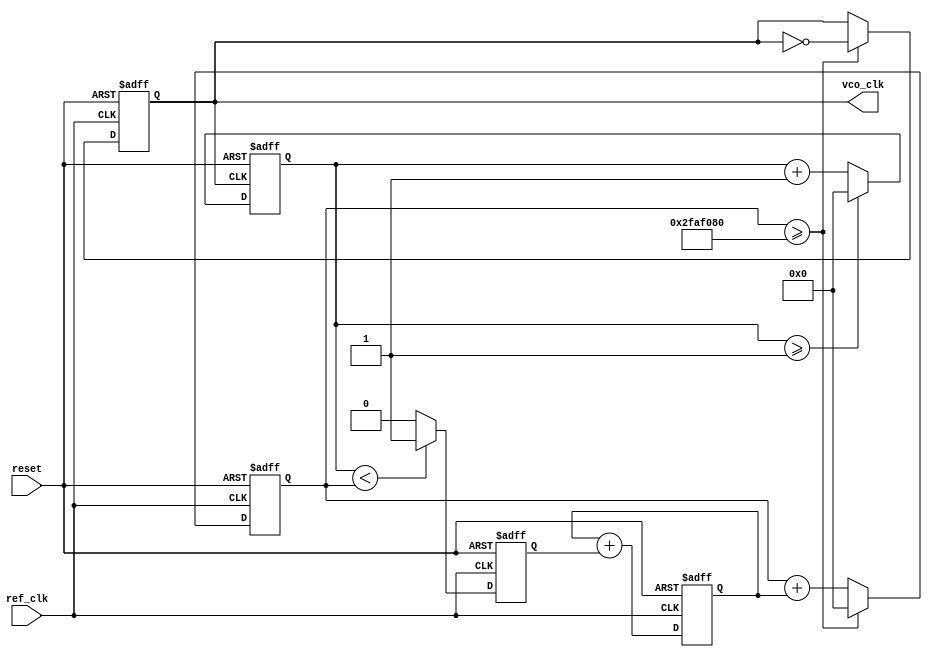
module parameterized_PLL #(
    parameter REF_FREQ = 50_000_000, // Reference frequency in Hz
    parameter MULT_FACTOR = 4,        // Multiplication factor
    parameter DIV_FACTOR = 2,         // Division factor
    parameter FILTER_TYPE = 1,        // Filter type: 1 for first-order
    parameter VCO_RANGE = 100_000_000 // VCO frequency range in Hz
)(
    input wire ref_clk,      // Reference clock input
    input wire reset,        // Reset signal
    output reg vco_clk       // Output clock
);

    // Internal signals
    reg [31:0] vco_cnt;      // VCO counter
    reg [31:0] feedback_cnt; // Feedback counter
    reg error_signal;        // Error signal from Phase Detector
    reg [31:0] filter_output; // Output from the Loop Filter

    // Calculate OUT_FREQ
    localparam OUT_FREQ = (MULT_FACTOR / DIV_FACTOR) * REF_FREQ;

    // Phase Detector (PD)
    always @(posedge ref_clk or posedge reset) begin
        if (reset) begin
            error_signal <= 0;
        end else begin
            // Simple phase comparison - this example assumes ideal conditions
            if (feedback_cnt < vco_cnt) begin
                error_signal <= 1; // VCO slow down
            end else begin
                error_signal <= 0; // VCO speed up
            end
        end
    end

    // Loop Filter (simple first-order filter)
    always @(posedge ref_clk or posedge reset) begin
        if (reset) begin
            filter_output <= 0;
        end else begin
            case (FILTER_TYPE)
                1: begin // First-order filter
                    filter_output <= filter_output + error_signal;
                end
                default: begin
                    filter_output <= filter_output; // No filter
                end
            endcase
        end
    end

    // Voltage-Controlled Oscillator (VCO)
    always @(posedge ref_clk or posedge reset) begin
        if (reset) begin
            vco_cnt <= 0;
            vco_clk <= 0;
        end else begin
            // Adjust VCO frequency based on filter output
            vco_cnt <= vco_cnt + filter_output;

            // Generate VCO clock based on the count
            if (vco_cnt >= (VCO_RANGE / (OUT_FREQ / REF_FREQ))) begin
                vco_clk <= ~vco_clk; // Toggle VCO clock
                vco_cnt <= 0;        // Reset counter
            end
        end
    end

    // Divider (for feedback)
    always @(posedge vco_clk or posedge reset) begin
        if (reset) begin
            feedback_cnt <= 0;
        end else begin
            if (feedback_cnt >= DIV_FACTOR - 1) begin
                feedback_cnt <= 0; // Reset feedback counter
            end else begin
                feedback_cnt <= feedback_cnt + 1; // Increment feedback counter
            end
        end
    end

endmodule